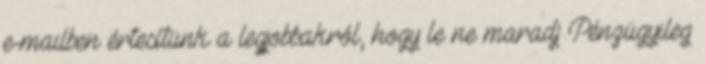
e-mailben értesítünk a legjobbakról, hogy le ne maradj Pénzügyileg